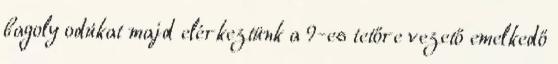
bagoly odúkat majd elérkeztünk a 9-es tetőre vezető emelkedő